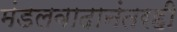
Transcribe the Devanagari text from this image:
मंडलवादानंतरही